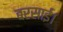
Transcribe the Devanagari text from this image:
बरसाईं।